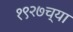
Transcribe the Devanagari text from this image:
१९२७च्या